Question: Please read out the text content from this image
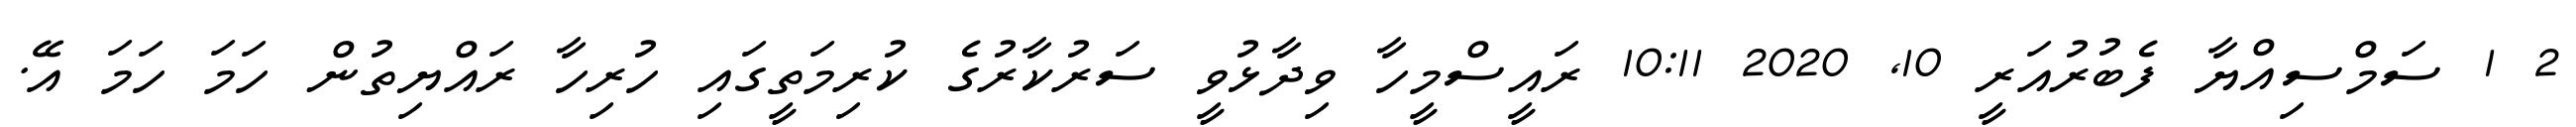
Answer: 2 1 ސަމްސިއްޔާ ފެބުރުއަރީ 10, 2020 10:11 ރައީސްމީހާ ވިދާޅުވީ ސަރުކާރުގެ ކުރިމަތީގައި ހުރިހާ ރައްޔިތުން ހަމަ ހަމަ އޭ.